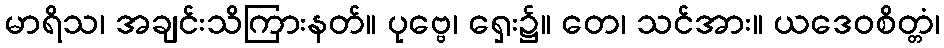
မာရိသ၊ အချင်းသိကြားနတ်။ ပုဗ္ဗေ၊ ရှေး၌။ တေ၊ သင်အား။ ယဒေဝစိတ္တံ၊